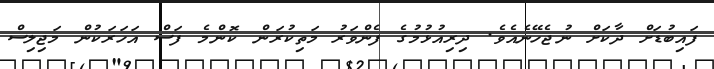
ފައިބުޑަށް ދާކަށް ނުޖެހޭނެއެވެ. ދިރިއުޅުމުގެ ފެންވަރު މަތިކުރަން ކޮންމެ ފަސް އަހަރަކުން މަޖިލިސް